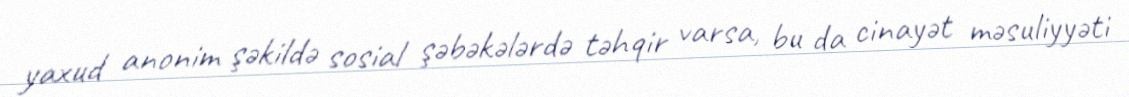
yaxud anonim şəkildə sosial şəbəkələrdə təhqir varsa, bu da cinayət məsuliyyəti